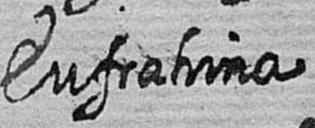
Eufrahina